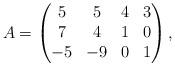
LaTeX: \begin{align*}A=\begin{pmatrix}5 & 5 & 4 & 3 \\7 & 4 & 1 & 0 \\-5 & -9 & 0 & 1\end{pmatrix},\end{align*}